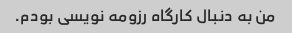
من به دنبال کارگاه رزومه نویسی بودم.